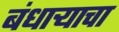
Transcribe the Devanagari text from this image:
बंधार्‍याचा